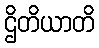
ဌိတိယာတိ